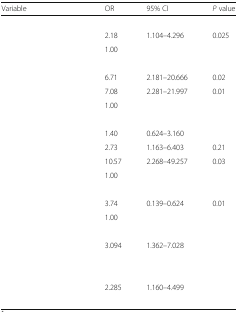
<table><thead><tr><td><b>Variable</b></td><td><b>OR</b></td><td><b>95% CI</b></td><td><b><i>P</i> value</b></td></tr></thead><tbody><tr><td colspan="4">[EMPTY_CELL]</td></tr><tr><td>[EMPTY_CELL]</td><td>2.18</td><td>1.104–4.296</td><td>0.025</td></tr><tr><td>[EMPTY_CELL]</td><td>1.00</td><td>[EMPTY_CELL]</td><td>[EMPTY_CELL]</td></tr><tr><td colspan="4">[EMPTY_CELL]</td></tr><tr><td>[EMPTY_CELL]</td><td>6.71</td><td>2.181–20.666</td><td>0.02</td></tr><tr><td>[EMPTY_CELL]</td><td>7.08</td><td>2.281–21.997</td><td>0.01</td></tr><tr><td>[EMPTY_CELL]</td><td>1.00</td><td>[EMPTY_CELL]</td><td>[EMPTY_CELL]</td></tr><tr><td colspan="4">[EMPTY_CELL]</td></tr><tr><td>[EMPTY_CELL]</td><td>1.40</td><td>0.624–3.160</td><td>[EMPTY_CELL]</td></tr><tr><td>[EMPTY_CELL]</td><td>2.73</td><td>1.163–6.403</td><td>0.21</td></tr><tr><td>[EMPTY_CELL]</td><td>10.57</td><td>2.268–49.257</td><td>0.03</td></tr><tr><td>[EMPTY_CELL]</td><td>1.00</td><td>[EMPTY_CELL]</td><td>[EMPTY_CELL]</td></tr><tr><td colspan="4">[EMPTY_CELL]</td></tr><tr><td>[EMPTY_CELL]</td><td>3.74</td><td>0.139–0.624</td><td>0.01</td></tr><tr><td>[EMPTY_CELL]</td><td>1.00</td><td>[EMPTY_CELL]</td><td>[EMPTY_CELL]</td></tr><tr><td colspan="4">[EMPTY_CELL]</td></tr><tr><td>[EMPTY_CELL]</td><td>3.094</td><td>1.362–7.028</td><td>[EMPTY_CELL]</td></tr><tr><td>[EMPTY_CELL]</td><td>[EMPTY_CELL]</td><td>[EMPTY_CELL]</td><td>[EMPTY_CELL]</td></tr><tr><td colspan="4">[EMPTY_CELL]</td></tr><tr><td>[EMPTY_CELL]</td><td>2.285</td><td>1.160–4.499</td><td>[EMPTY_CELL]</td></tr><tr><td>[EMPTY_CELL]</td><td>[EMPTY_CELL]</td><td>[EMPTY_CELL]</td><td>[EMPTY_CELL]</td></tr></tbody></table>